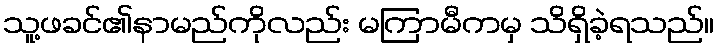
သူ့ဖခင်၏နာမည်ကိုလည်း မကြာမီကမှ သိရှိခဲ့ရသည်။